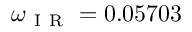
\omega _ { \mathrm { ~ I ~ R ~ } } = 0 . 0 5 7 0 3